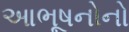
આભૂષનોનો